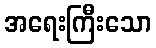
အရေးကြီးသော